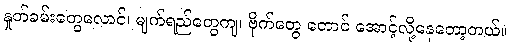
နှုတ်ခမ်းတွေလောင်၊ မျက်ရည်တွေကျ၊ ဗိုက်တွေ တောင် အောင့်လို့နေတော့တယ်။